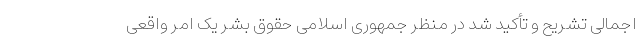
اجمالی تشریح و تأکید شد در منظر جمهوری اسلامی حقوق بشر یک امر واقعی